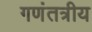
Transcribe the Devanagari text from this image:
गणंतत्रीय